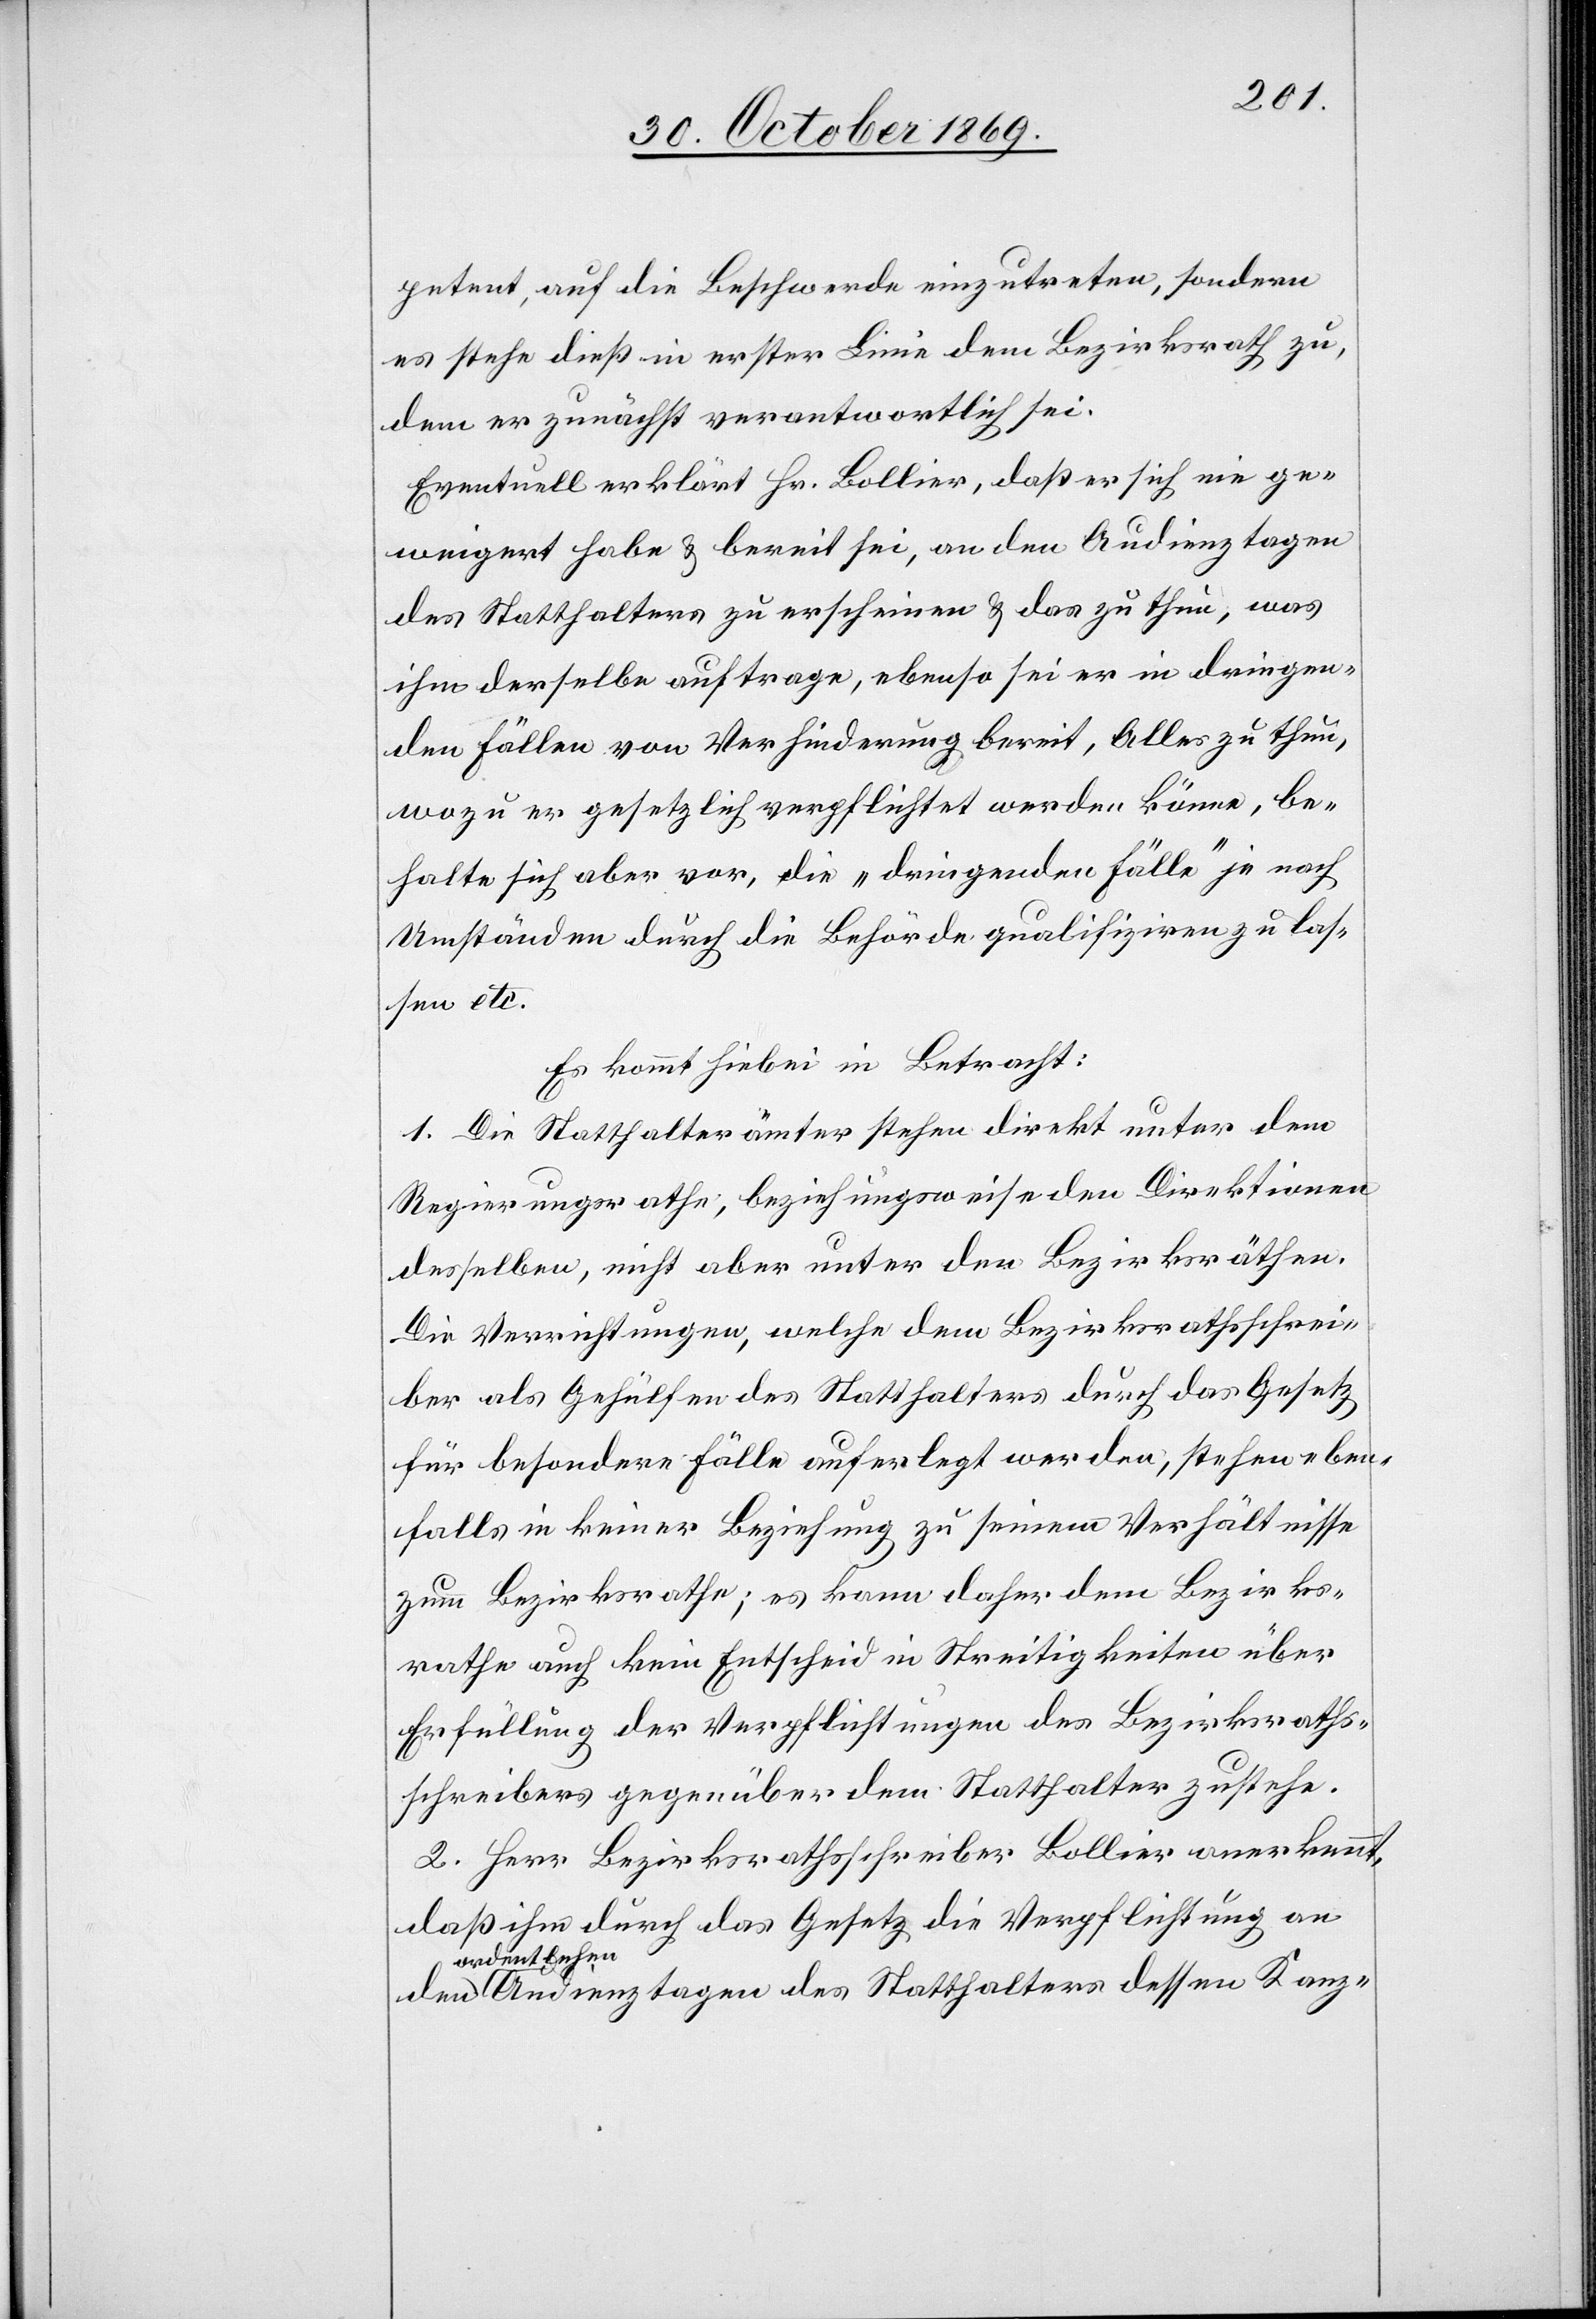
petent, auf die Beschwerde einzutreten, sondern
es stehe dieß in erster Linie dem Bezirksrath zu,
dem er zunächst verantwortlich sei.
Eventuell erklärt Hr. Bollier, daß er sich nie ge¬
weigert habe & bereit sei, an den Audienztagen
des Statthalters zu erscheinen & das zu thun, was
ihm derselbe auftrage, ebenso sei er in dringen¬
den Fällen von Verhinderung bereit, Alles zu thun,
wozu er gesetzlich verpflichtet werden könne, be¬
halte sich aber vor, die „dringenden Fälle“ je nach
Umständen durch die Behörde qualifiziren zu las¬
sen etc.
Es kommt hiebei in Betracht:
1. Die Statthalterämter stehen direkt unter dem
Regierungsrathe, beziehungsweise den Direktionen
desselben, nicht aber unter den Bezirksräthen.
Die Verrichtungen, welche dem Bezirksrathsschrei¬
ber als Gehülfen des Statthalters durch das Gesetz
für besondere Fälle auferlegt werden, stehen eben¬
falls in keiner Beziehung zu seinem Verhältnisse
zum Bezirksrathe; es kann daher dem Bezirks¬
rathe auch kein Entscheid in Streitigkeiten über
Erfüllung der Verpflichtungen des Bezirksraths¬
schreibers gegenüber dem Statthalter zustehe[n].
2. Herr Bezirksrathsschreiber Bollier anerkennt,
daß ihm durch das Gesetz die Verpflichtung an
ordentlich¬
en Audienztagen des Statthalters dessen Kanz-